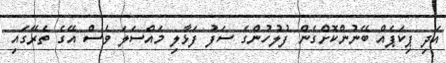
އަދި ޕިކަޕެއް ބޭނުންކޮށްގެން ފުލުހުންގެ ސަފު ފަޅާލި މައްސަލަ ވެސް އޭގެ ތެރޭގައި